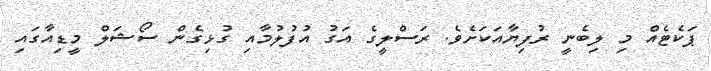
ޕަކެޓެއް މި ލިބެނީ ރުފިޔާއަކަށެވެ. ރަސްލީގެ އަގު އުފުލުމާއި ގުޅިގެން ސޯޝަލް މީޑިއާގައި